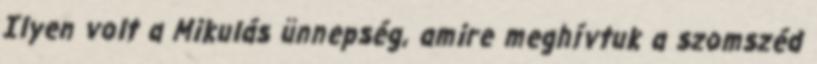
Ilyen volt a Mikulás ünnepség, amire meghívtuk a szomszéd